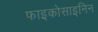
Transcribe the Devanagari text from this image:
फाइकोसाइनिन